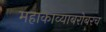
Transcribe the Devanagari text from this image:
महाकाव्याबरोबरच